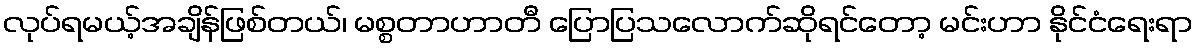
လုပ်ရမယ့်အချိန်ဖြစ်တယ်၊ မစ္စတာဟာတီ ပြောပြသလောက်ဆိုရင်တော့ မင်းဟာ နိုင်ငံရေးရာ